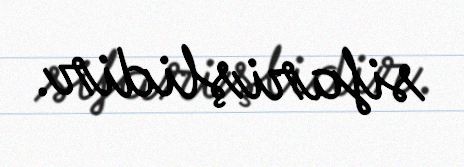
sifarişlidir.